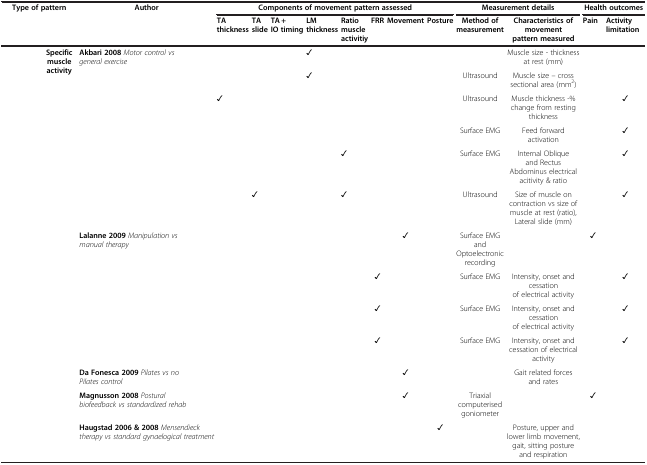
<table><thead><tr><td colspan="2"><b>Type of pattern</b></td><td><b>Author</b></td><td colspan="8"><b>Components of movement pattern assessed</b></td><td colspan="2"><b>Measurement details</b></td><td colspan="2"><b>Health outcomes</b></td></tr><tr><td>[EMPTY_CELL]</td><td>[EMPTY_CELL]</td><td>[EMPTY_CELL]</td><td><b>TA thickness</b></td><td><b>TA slide</b></td><td><b>TA + IO timing</b></td><td><b>LM thickness</b></td><td><b>Ratio muscle activitiy</b></td><td><b>FRR</b></td><td><b>Movement</b></td><td><b>Posture</b></td><td><b>Method of measurement</b></td><td><b>Characteristics of movement pattern measured</b></td><td><b>Pain</b></td><td><b>Activity limitation</b></td></tr></thead><tbody><tr><td rowspan="10">[EMPTY_CELL]</td><td rowspan="6"><b>Specific muscle activity</b></td><td><b>Akbari 2008</b><i>Motor control vs general exercise</i></td><td>[EMPTY_CELL]</td><td>[EMPTY_CELL]</td><td>[EMPTY_CELL]</td><td>✓</td><td>[EMPTY_CELL]</td><td>[EMPTY_CELL]</td><td>[EMPTY_CELL]</td><td>[EMPTY_CELL]</td><td>[EMPTY_CELL]</td><td>Muscle size - thickness at rest (mm)</td><td>[EMPTY_CELL]</td><td>[EMPTY_CELL]</td></tr><tr><td>[EMPTY_CELL]</td><td>[EMPTY_CELL]</td><td>[EMPTY_CELL]</td><td>[EMPTY_CELL]</td><td>✓</td><td>[EMPTY_CELL]</td><td>[EMPTY_CELL]</td><td>[EMPTY_CELL]</td><td>[EMPTY_CELL]</td><td>Ultrasound</td><td>Muscle size – cross sectional area (mm<sup>2</sup>)</td><td>[EMPTY_CELL]</td><td>[EMPTY_CELL]</td></tr><tr><td>[EMPTY_CELL]</td><td>✓</td><td>[EMPTY_CELL]</td><td>[EMPTY_CELL]</td><td>[EMPTY_CELL]</td><td>[EMPTY_CELL]</td><td>[EMPTY_CELL]</td><td>[EMPTY_CELL]</td><td>[EMPTY_CELL]</td><td>Ultrasound</td><td>Muscle thickness -% change from resting thickness</td><td>[EMPTY_CELL]</td><td>✓</td></tr><tr><td>[EMPTY_CELL]</td><td>[EMPTY_CELL]</td><td>[EMPTY_CELL]</td><td>[EMPTY_CELL]</td><td>[EMPTY_CELL]</td><td>[EMPTY_CELL]</td><td>[EMPTY_CELL]</td><td>[EMPTY_CELL]</td><td>[EMPTY_CELL]</td><td>Surface EMG</td><td>Feed forward activation</td><td>[EMPTY_CELL]</td><td>✓</td></tr><tr><td>[EMPTY_CELL]</td><td>[EMPTY_CELL]</td><td>[EMPTY_CELL]</td><td>[EMPTY_CELL]</td><td>[EMPTY_CELL]</td><td>✓</td><td>[EMPTY_CELL]</td><td>[EMPTY_CELL]</td><td>[EMPTY_CELL]</td><td>Surface EMG</td><td>Internal Oblique and Rectus Abdominus electrical acitivity &amp; ratio</td><td>[EMPTY_CELL]</td><td>✓</td></tr><tr><td>[EMPTY_CELL]</td><td>[EMPTY_CELL]</td><td>✓</td><td>[EMPTY_CELL]</td><td>[EMPTY_CELL]</td><td>✓</td><td>[EMPTY_CELL]</td><td>[EMPTY_CELL]</td><td>[EMPTY_CELL]</td><td>Ultrasound</td><td>Size of muscle on contraction vs size of muscle at rest (ratio), Lateral slide (mm)</td><td>[EMPTY_CELL]</td><td>✓</td></tr><tr><td rowspan="4">[EMPTY_CELL]</td><td><b>Lalanne 2009</b><i>Manipulation vs manual therapy</i></td><td>[EMPTY_CELL]</td><td>[EMPTY_CELL]</td><td>[EMPTY_CELL]</td><td>[EMPTY_CELL]</td><td>[EMPTY_CELL]</td><td>[EMPTY_CELL]</td><td>✓</td><td>[EMPTY_CELL]</td><td>Surface EMG and Optoelectronic recording</td><td>[EMPTY_CELL]</td><td>✓</td><td>[EMPTY_CELL]</td></tr><tr><td>[EMPTY_CELL]</td><td>[EMPTY_CELL]</td><td>[EMPTY_CELL]</td><td>[EMPTY_CELL]</td><td>[EMPTY_CELL]</td><td>[EMPTY_CELL]</td><td>✓</td><td>[EMPTY_CELL]</td><td>[EMPTY_CELL]</td><td>Surface EMG</td><td>Intensity, onset and cessation of electrical activity</td><td>[EMPTY_CELL]</td><td>✓</td></tr><tr><td>[EMPTY_CELL]</td><td>[EMPTY_CELL]</td><td>[EMPTY_CELL]</td><td>[EMPTY_CELL]</td><td>[EMPTY_CELL]</td><td>[EMPTY_CELL]</td><td>✓</td><td>[EMPTY_CELL]</td><td>[EMPTY_CELL]</td><td>Surface EMG</td><td>Intensity, onset and cessation of electrical activity</td><td>[EMPTY_CELL]</td><td>✓</td></tr><tr><td>[EMPTY_CELL]</td><td>[EMPTY_CELL]</td><td>[EMPTY_CELL]</td><td>[EMPTY_CELL]</td><td>[EMPTY_CELL]</td><td>[EMPTY_CELL]</td><td>✓</td><td>[EMPTY_CELL]</td><td>[EMPTY_CELL]</td><td>Surface EMG</td><td>Intensity, onset and cessation of electrical activity</td><td>[EMPTY_CELL]</td><td>✓</td></tr><tr><td rowspan="2">[EMPTY_CELL]</td><td>[EMPTY_CELL]</td><td><b>Da Fonesca 2009</b><i>Pilates vs no Pilates control</i></td><td>[EMPTY_CELL]</td><td>[EMPTY_CELL]</td><td>[EMPTY_CELL]</td><td>[EMPTY_CELL]</td><td>[EMPTY_CELL]</td><td>[EMPTY_CELL]</td><td>✓</td><td>[EMPTY_CELL]</td><td>[EMPTY_CELL]</td><td>Gait related forces and rates</td><td>[EMPTY_CELL]</td><td>[EMPTY_CELL]</td></tr><tr><td>[EMPTY_CELL]</td><td><b>Magnusson 2008</b><i>Postural biofeedback vs standardized rehab</i></td><td>[EMPTY_CELL]</td><td>[EMPTY_CELL]</td><td>[EMPTY_CELL]</td><td>[EMPTY_CELL]</td><td>[EMPTY_CELL]</td><td>[EMPTY_CELL]</td><td>✓</td><td>[EMPTY_CELL]</td><td>Triaxial computerised goniometer</td><td>[EMPTY_CELL]</td><td>✓</td><td>[EMPTY_CELL]</td></tr><tr><td>[EMPTY_CELL]</td><td>[EMPTY_CELL]</td><td><b>Haugstad 2006 &amp; 2008</b><i>Mensendieck therapy vs standard gynaelogical treatment</i></td><td>[EMPTY_CELL]</td><td>[EMPTY_CELL]</td><td>[EMPTY_CELL]</td><td>[EMPTY_CELL]</td><td>[EMPTY_CELL]</td><td>[EMPTY_CELL]</td><td>[EMPTY_CELL]</td><td>✓</td><td>[EMPTY_CELL]</td><td>Posture, upper and lower limb movement, gait, sitting posture and respiration</td><td>[EMPTY_CELL]</td><td>[EMPTY_CELL]</td></tr></tbody></table>